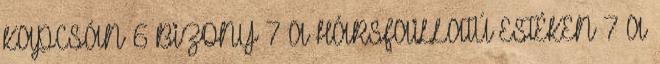
KAPCSÁN 6 BIZONY 7 A HÁRSFAILLATÚ ESTÉKEN 7 A